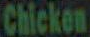
Chicken